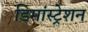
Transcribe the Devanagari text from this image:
डिमांस्ट्रेशन